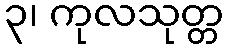
၃၊ ကုလသုတ္တ